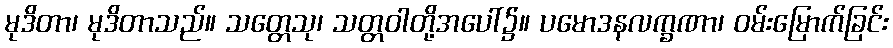
မုဒိတာ၊ မုဒိတာသည်။ သတ္တေသု၊ သတ္တဝါတို့အပေါ်၌။ ပမောဒနလက္ခဏာ၊ ဝမ်းမြောက်ခြင်း